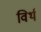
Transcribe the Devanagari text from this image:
विर्थ